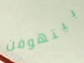
بيتهوفن